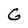
Character: G